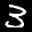
Label: 3